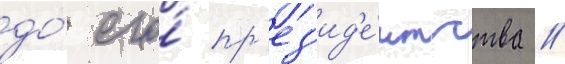
до́ его́ пр'ез'ид'е́нтства //